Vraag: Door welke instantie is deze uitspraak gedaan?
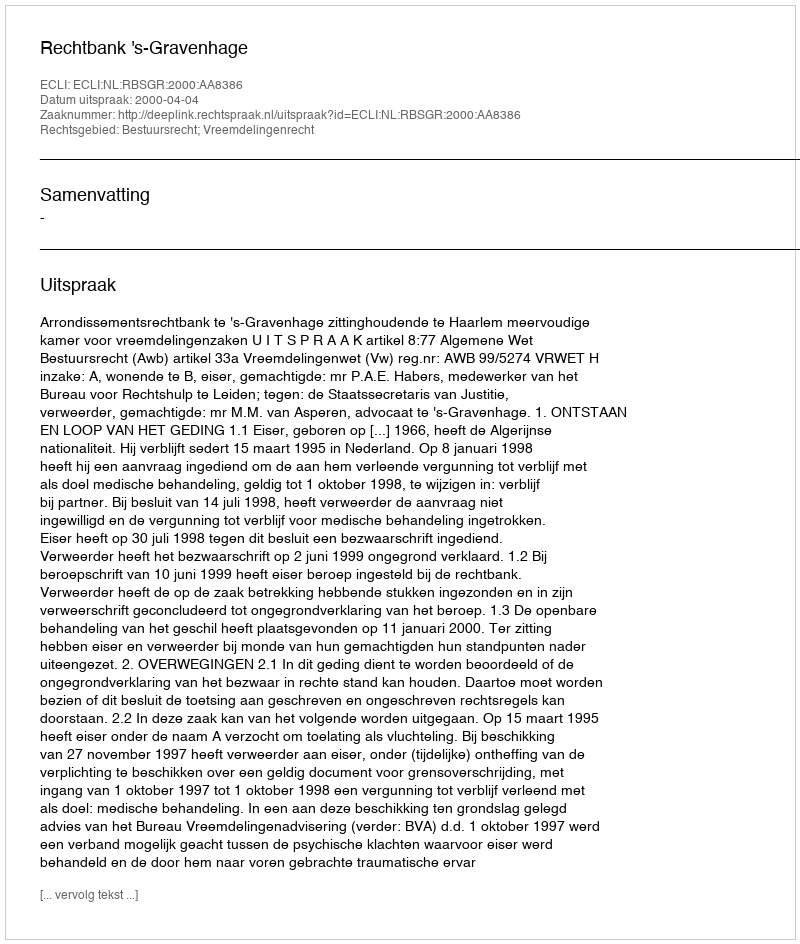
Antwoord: Rechtbank 's-Gravenhage